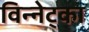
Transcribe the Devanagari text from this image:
विन्नेट्का